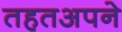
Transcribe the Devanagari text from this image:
तहतअपने